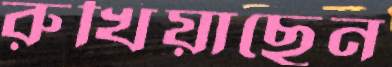
রুখিয়াছেন